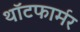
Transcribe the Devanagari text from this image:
थॉटफार्मर